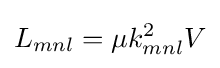
L_{mnl}=\mu k_{mnl}^{2}V